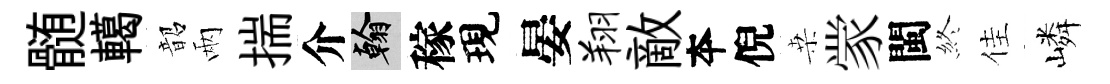
髄轕韶兩揣介翰稼現晏翔敵夲倪桒䝉閩終佳嶙